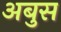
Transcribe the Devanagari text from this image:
अबुस